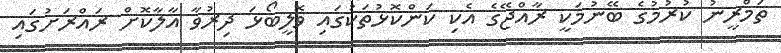
ތަމްރީނު ކުރުމުގެ ބޭނުމަކީ ރާއްޖޭގެ އެކި ކަންކޮޅުތަކުގައި ވޮލީބޯޅަ ދިރުވާ އާލާކޮށް ރައްރަށުގައި